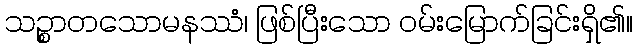
သဉ္စာတသောမနဿံ၊ ဖြစ်ပြီးသော ဝမ်းမြောက်ခြင်းရှိ၏။